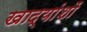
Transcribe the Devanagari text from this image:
खाद्यांशों